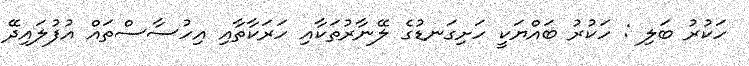
ހަކުރު ބަލި : ހަކުރު ބައްޔަކީ ހަށިގަނޑުގެ ލޭނާރުތަކާއި ހަރަކާތާއި އިހުސާސްތައް އުފުލައިދޭ